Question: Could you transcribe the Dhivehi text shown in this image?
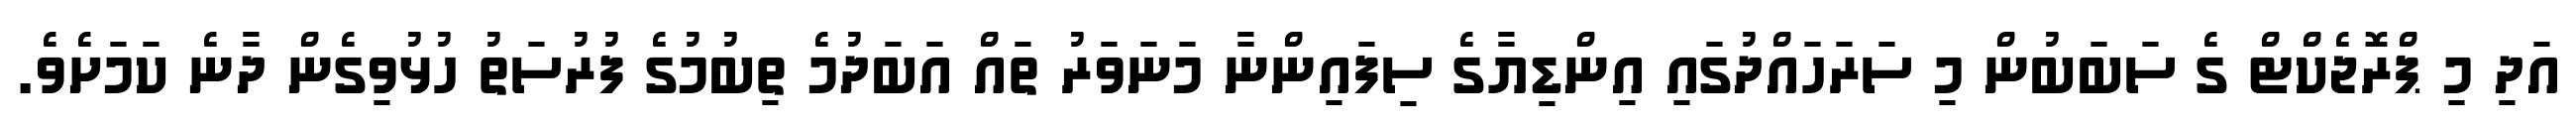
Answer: އަދި މި ޕްރޮޖެކްޓް ގެ ސަބަބުން މި ސަރަހައްދުގައި އިންޑިޔާގެ ސިފައިންނާ މަނަވަރު ތައް އަބަދުމެ ތިބުމުގެ ފުރުސަތު ހުޅުވިގެން ދާނެ ކަމަށެވެ.